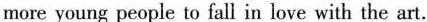
more young people to fall in love with the art.